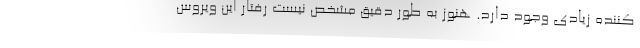
کننده زیادی وجود دارد. هنوز به طور دقیق مشخص نیست رفتار این ویروس